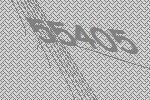
55405